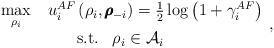
LaTeX: \begin{align*}\begin{array}{l}\mathop {\max }\limits_{{\rho _i}} \;\;\;{u_i^{AF}}\left( {{\rho _i},{\pmb \rho _{ - i}}} \right) = \frac{1}{2}\log \left( {1 + \gamma _i^{AF}} \right)\\~~~~~~~~~~~~~~{\rm{s.t.}}\;\;\;{\rho _i} \in {{\mathcal A}_i}\end{array},\end{align*}